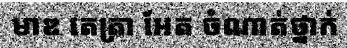
មាឌ តេត្រា អែត ចំណាត់ថ្នាក់